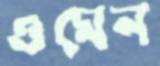
ওমেন